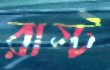
রাস্ট